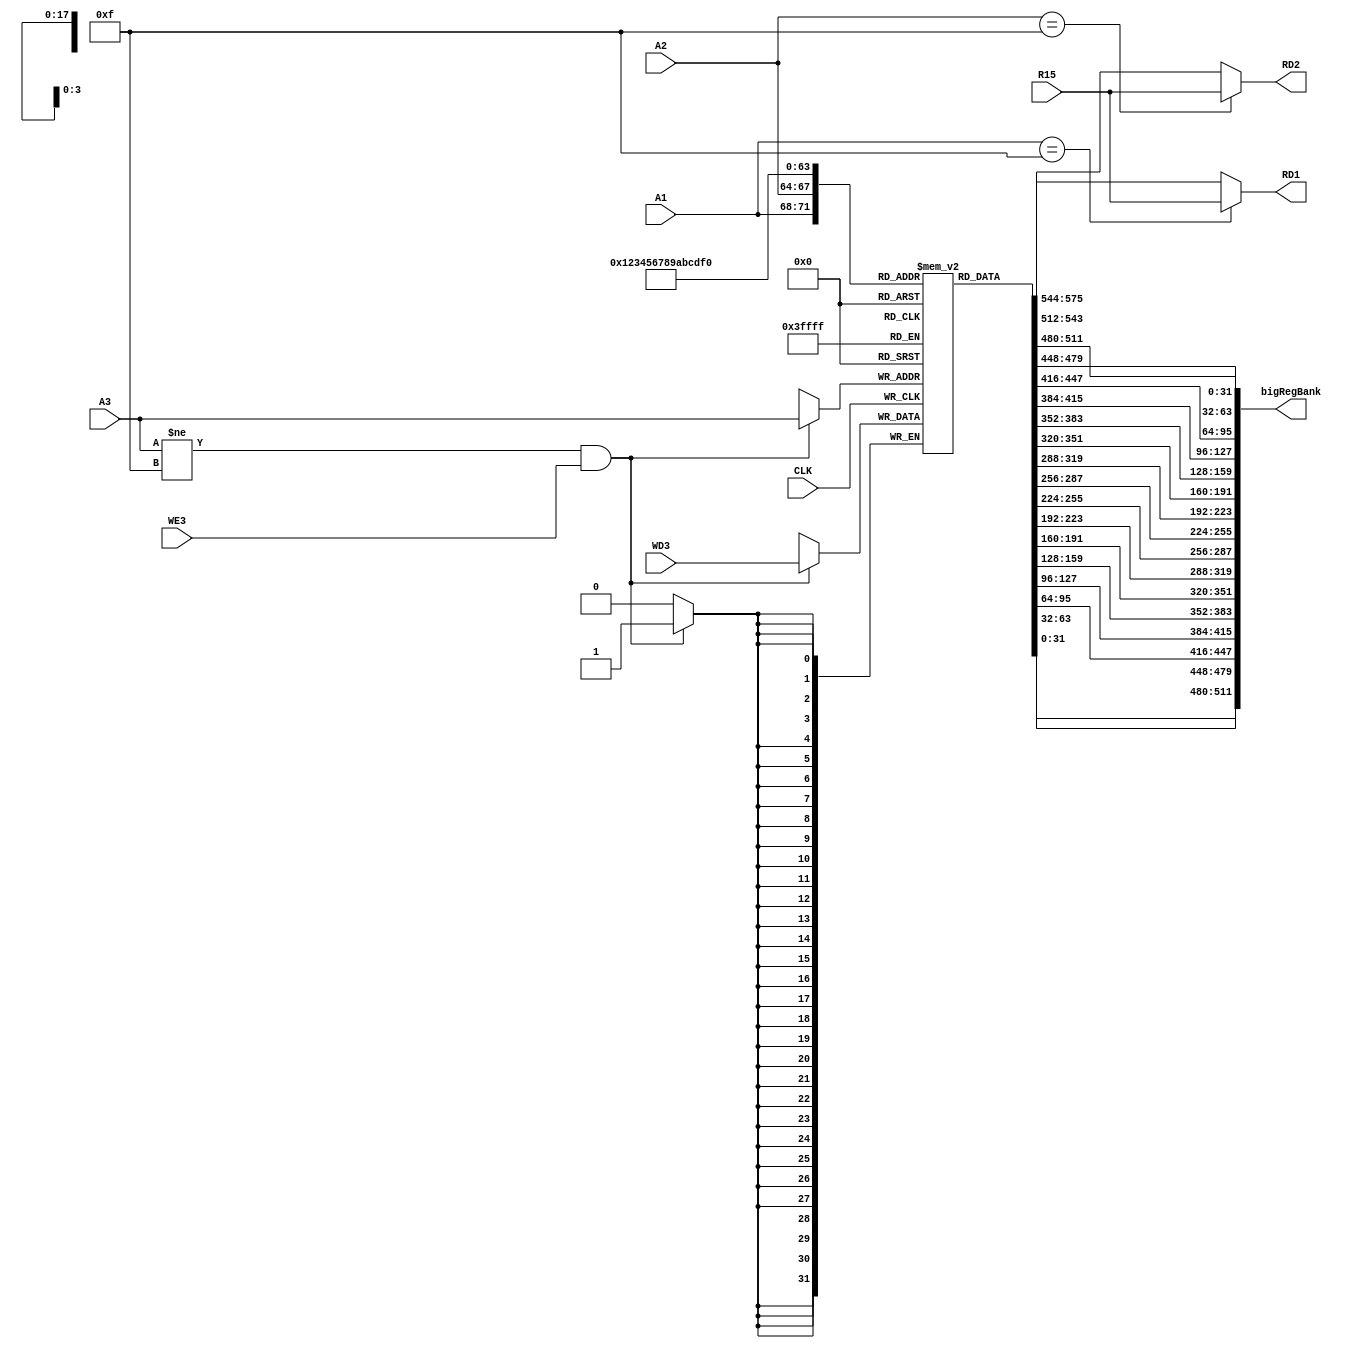
`timescale 1ns / 1ps
/*
----------------------------------------------------------------------------------
-- Company: NUS	
-- Engineer: (c) Shahzor Ahmad and Rajesh Panicker
-- 
-- Create Date: 09/23/2015 06:49:10 PM
-- Module Name: RegFile
-- Project Name: CG3207 Project
-- Target Devices: Nexys 4 (Artix 7 100T)
-- Tool Versions: Vivado 2015.2
-- Description: RegFile Module
-- 
-- Dependencies: NIL
-- 
-- Revision:
-- Revision 0.01 - File Created
-- Additional Comments:
-- 
----------------------------------------------------------------------------------

----------------------------------------------------------------------------------
--	License terms :
--	You are free to use this code as long as you
--		(i) DO NOT post it on any public repository;
--		(ii) use it only for educational purposes;
--		(iii) accept the responsibility to ensure that your implementation does not violate any intellectual property of ARM Holdings or other entities.
--		(iv) accept that the program is provided "as is" without warranty of any kind or assurance regarding its suitability for any particular purpose;
--		(v)	acknowledge that the program was written based on the microarchitecture described in the book Digital Design and Computer Architecture, ARM Edition by Harris and Harris;
--		(vi) send an email to rajesh.panicker@ieee.org briefly mentioning its use (except when used for the course CG3207 at the National University of Singapore);
--		(vii) retain this notice in this file or any files derived from this.
----------------------------------------------------------------------------------
*/

module RegFile(
    input CLK,
    input WE3,
    input [3:0] A1,
    input [3:0] A2,
    input [3:0] A3,
    input [31:0] WD3,
    input [31:0] R15,
    output [31:0] RD1,
    output [31:0] RD2,
    output [511:0] bigRegBank
    );
    
    // declare RegBank
    reg [31:0] RegBank[0:15] ;
        // 16 addresses, each a 32-bit word
        // (0 to 14) is sufficient as R15 is not stored. Kept it as (0 to 15) just to supress a warning
		
    // read
    assign RD1 = (A1 == 4'b1111) ? R15 : RegBank[A1] ; 
    assign RD2 = (A2 == 4'b1111) ? R15 : RegBank[A2] ;   
    
    // write
    always@(posedge CLK)
    begin
        if((A3 != 4'b1111) & (WE3))
            RegBank[A3] <= WD3 ;
    end
    
    assign bigRegBank = {RegBank[15], RegBank[14], RegBank[13], RegBank[12], RegBank[11], RegBank[10], RegBank[9], RegBank[8], RegBank[7], RegBank[6], RegBank[5], RegBank[4], RegBank[3], RegBank[2], RegBank[1], RegBank[0]};
    
endmodule